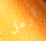
أرمل